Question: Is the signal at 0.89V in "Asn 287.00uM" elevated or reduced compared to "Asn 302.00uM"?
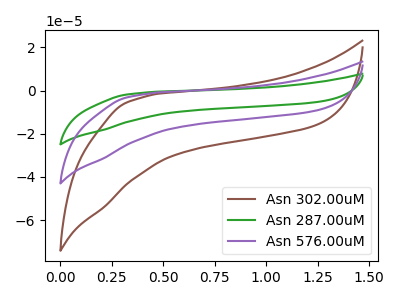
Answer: <think>The brown curve "Asn 302.00uM" has no peaks. The green curve "Asn 287.00uM" has no peaks. The purple curve "Asn 576.00uM" has no peaks.</think>
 <answer>"Asn 287.00uM" and "Asn 302.00uM" dont share a peak at 0.89V.</answer>
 <eval>mismatch</eval>